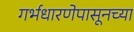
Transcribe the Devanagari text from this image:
गर्भधारणेपासूनच्या